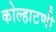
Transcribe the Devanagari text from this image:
कोल्हाटणी